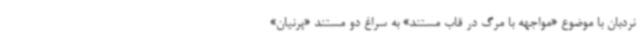
نردبان با موضوع «مواجهه با مرگ در قاب مستند» به سراغ دو مستند «پرنیان»